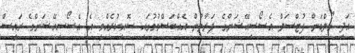
އަދި ގޯލްޑަން ފުޓްސަލް އެސޯސިއޭޝަންގެ ފަރާތުން އެއްބަސްވުމުގައި ސޮއިކުރެއްވީ އެ އެސޯސިއޭޝަންގެ ރައީސް